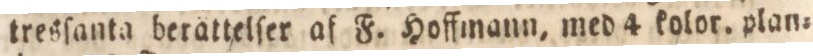
tresſanta berättelſer af F. Hoffmann, med 4 kolor. plan=